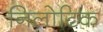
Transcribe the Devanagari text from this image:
निलोटिक